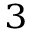
_ 3